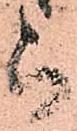
被